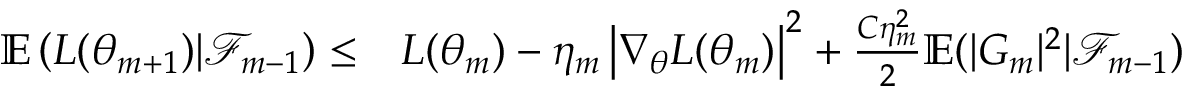
\begin{array} { r l } { \mathbb { E } \left( L ( \theta _ { m + 1 } ) | \mathcal { F } _ { m - 1 } \right) \leq } & { { } L ( \theta _ { m } ) - \eta _ { m } \left| \nabla _ { \theta } L ( \theta _ { m } ) \right| ^ { 2 } + \frac { C \eta _ { m } ^ { 2 } } { 2 } \mathbb { E } ( | G _ { m } | ^ { 2 } | \mathcal { F } _ { m - 1 } ) } \end{array}